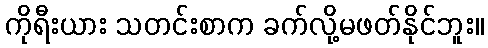
ကိုရီးယား သတင်းစာက ခက်လို့မဖတ်နိုင်ဘူး။